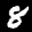
Label: 8